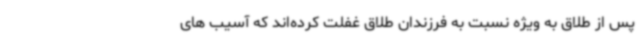
پس از طلاق به ویژه نسبت به فرزندان طلاق غفلت کرده‌اند که آسیب های